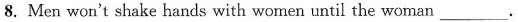
8. Men won't shake hands with women until the woman___.